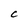
Character: C